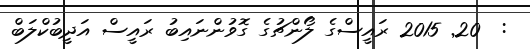
:  20